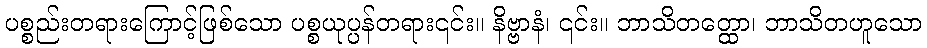
ပစ္စည်းတရားကြောင့်ဖြစ်သော ပစ္စယုပ္ပန်တရား၎င်း။ နိဗ္ဗာနံ၊ ၎င်း။ ဘာသိတတ္ထော၊ ဘာသိတဟူသော